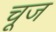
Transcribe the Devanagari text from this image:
चूज